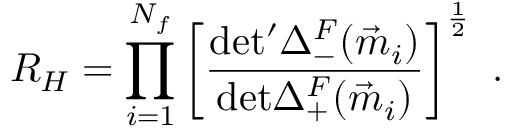
R _ { H } = \prod _ { i = 1 } ^ { N _ { f } } \left[ \frac { \mathrm { d e t ^ { \prime } } \Delta _ { - } ^ { F } ( \vec { m } _ { i } ) } { \mathrm { d e t } \Delta _ { + } ^ { F } ( \vec { m } _ { i } ) } \right] ^ { \frac { 1 } { 2 } } \ .